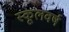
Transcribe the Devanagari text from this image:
स्कूलवर्ष